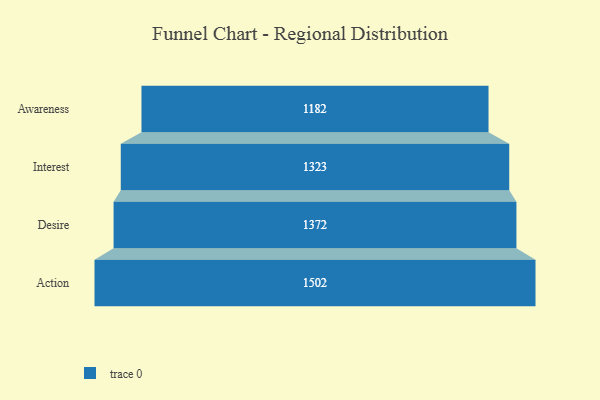
{"axis": {"x": "Stage", "y": "Value"}, "legend": [""], "data": [{"x": "Awareness", "y": 1182.0, "type": ""}, {"x": "Interest", "y": 1323.0, "type": ""}, {"x": "Desire", "y": 1372.0, "type": ""}, {"x": "Action", "y": 1502.0, "type": ""}]}